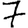
Digit: 7